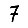
Digit: 7